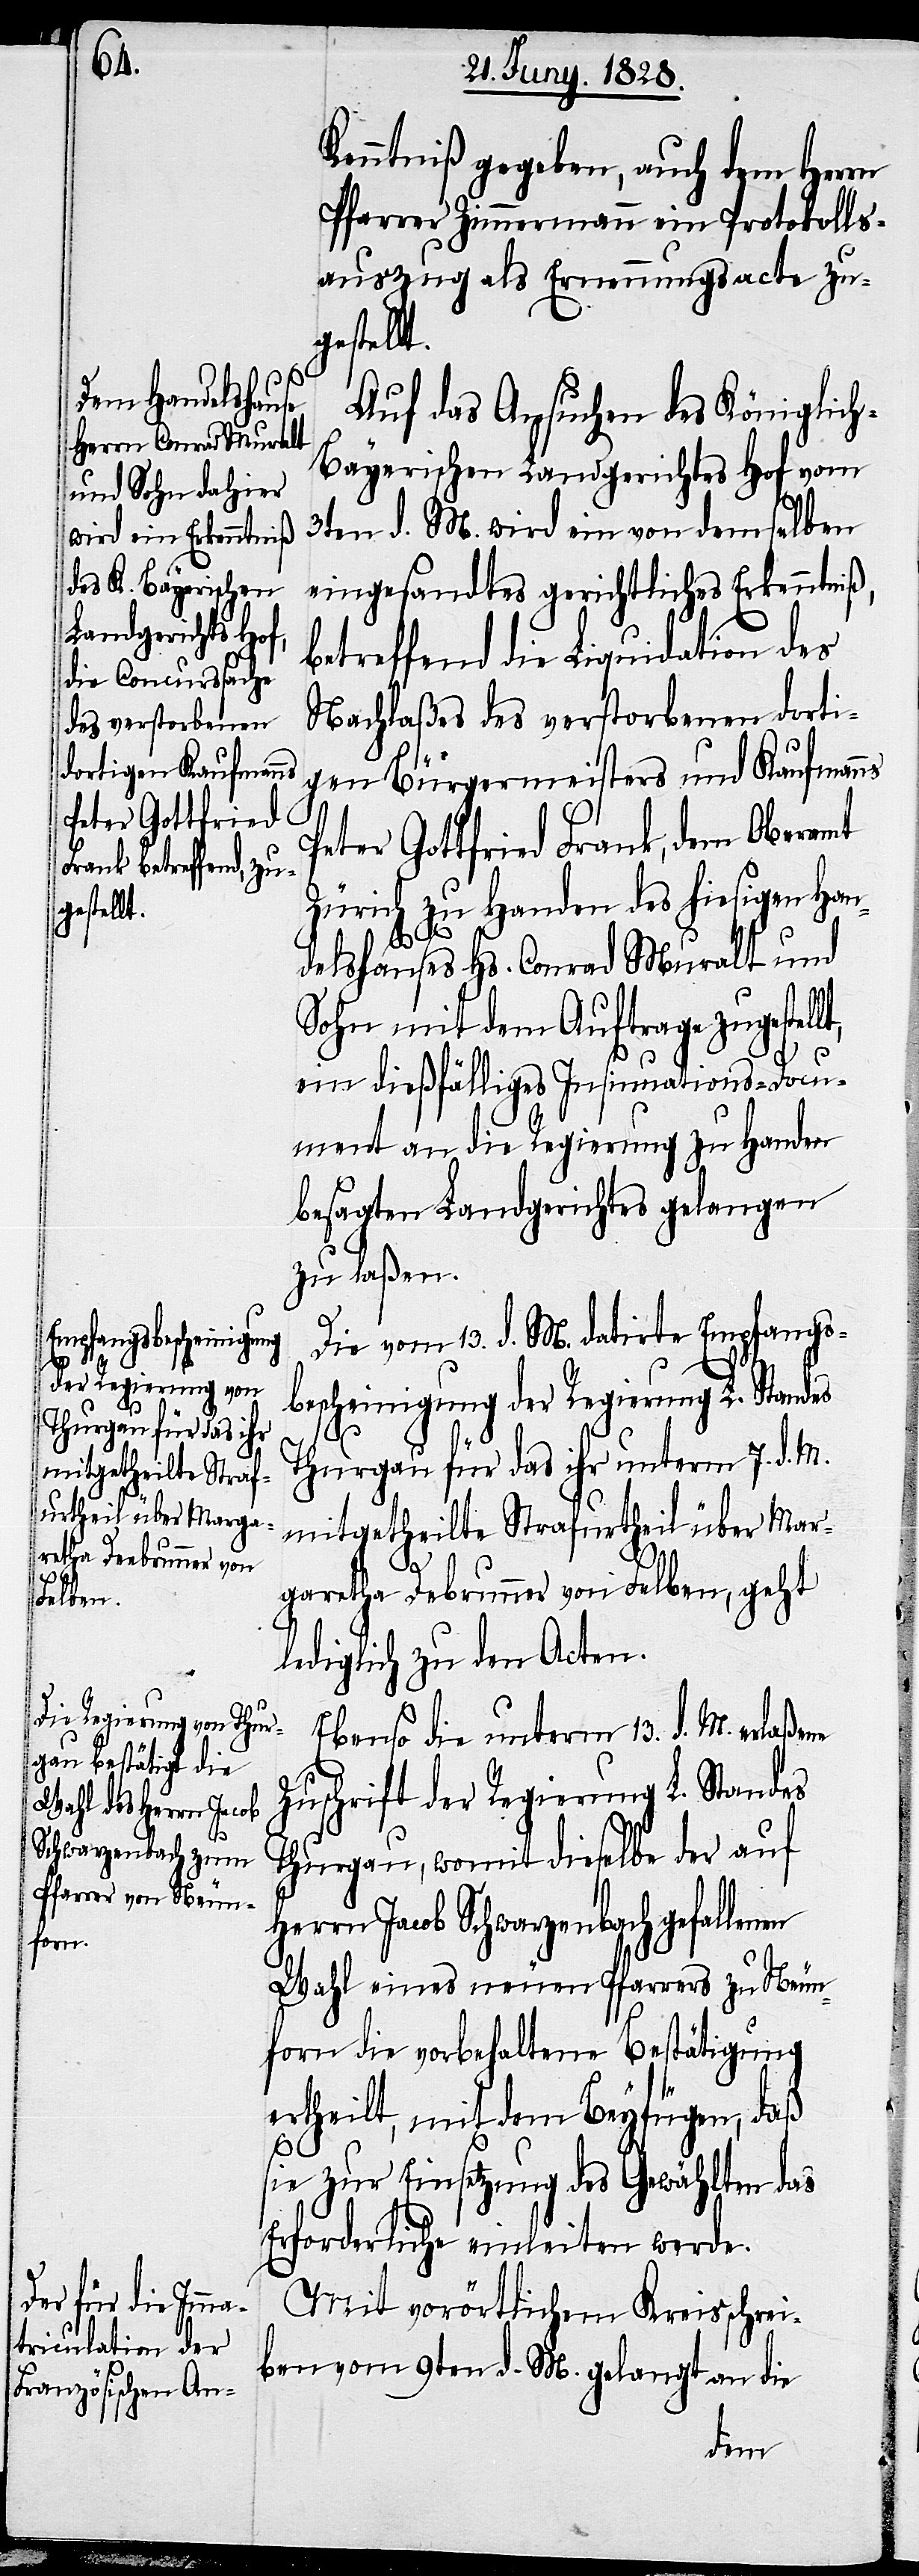
Kenntniß gegeben, auch dem Herrn
Pfarrer Zimmermann ein Protokolls¬
auszug als Ernennungsacte zu¬
ellt,
Auf das Ansuchen des Königlic¬
h-Bayerischen Landgerichtes Hof vom
3ten d. M. wird ein von dem selben
eingesandtes gerichtliches Erkenntniß,
betreffend die Liquidation des
Nachlaßes des verstorbenen dorti¬
gen Bürgermeisters und Kaufmanns
Peter Gottfried Frank, dem Oberamt
Zürich zu Handen des hiesigen Han¬
gestellt.
delshauses Hs. Conrad Muralt und
Sohn mit dem Auftrage zugest¬
ein dießfälliges Insinuations-Docu¬
ment an die Regierung zu Handen
besagten Landgerichtes gelangen
zu laßen.
Die vom 13. d. M. datirte Empfangs¬
bescheinigung der Regierung L. Standes
Thurgau für das ihr unterm 7. d. M.
mitgetheilte Strafurtheil über Mar¬
L.
garetha Debrunner von Felben, geht
lediglich zu den Acten.
Ebenso die unterm 13. d. M. erlaßene
Thurgau, womit dieselbe der auf
Herrn Jacob Schwarzenbach gefallenen
Wahl eines neuen Pfarrers zu Neun¬
forn die vorbehaltene Bestätigung
ertheilt, mit dem Beyfügen, daß
sie zur Einsetzung des Gewählten das
Erforderliche einleiten werde.
Mit vorörtlichem Kreisschrei¬
ben vom 9ten d. M. gelangt an die